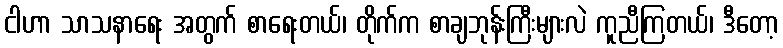
ငါဟာ သာသနာရေး အတွက် စာရေးတယ်၊ တိုက်က စာချဘုန်းကြီးများလဲ ကူညီကြတယ်၊ ဒီတော့